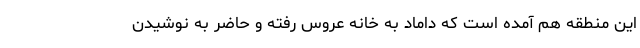
این منطقه هم آمده است که داماد به خانه عروس رفته و حاضر به نوشیدن